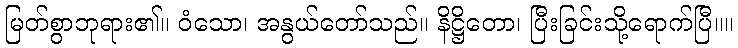
မြတ်စွာဘုရား၏။ ဝံသော၊ အနွယ်တော်သည်။ နိဋ္ဌိတော၊ ပြီးခြင်းသို့ရောက်ပြီ။။